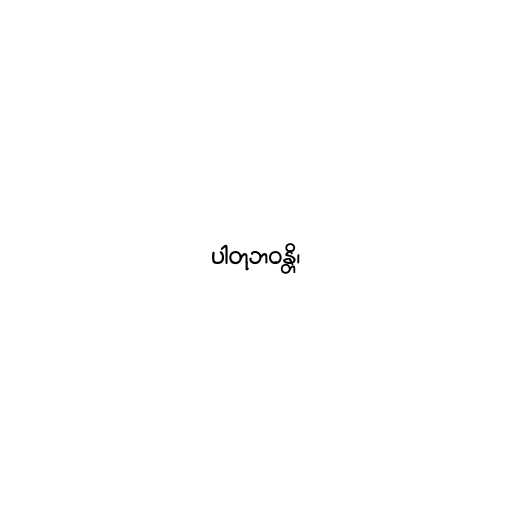
ပါတုဘဝန္တိ၊